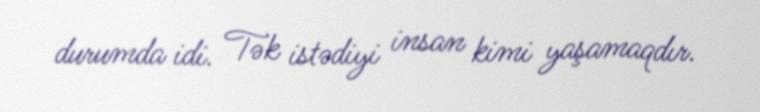
durumda idi. Tək istədiyi insan kimi yaşamaqdır.